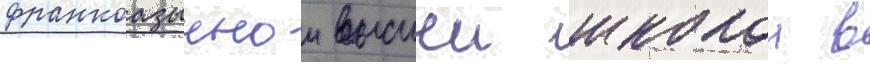
франкоазычнои высшеи школои в